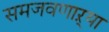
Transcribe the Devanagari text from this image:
समजवणाऱ्या